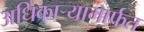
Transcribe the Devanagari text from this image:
अधिकार्‍यामार्फत